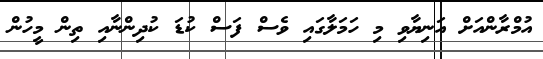
އުމްރާންއަށް އަނިޔާވި މި ހަމަލާގައި ވެސް ފަސް ކުޑަ ކުދިންނާއި ތިން މީހުން